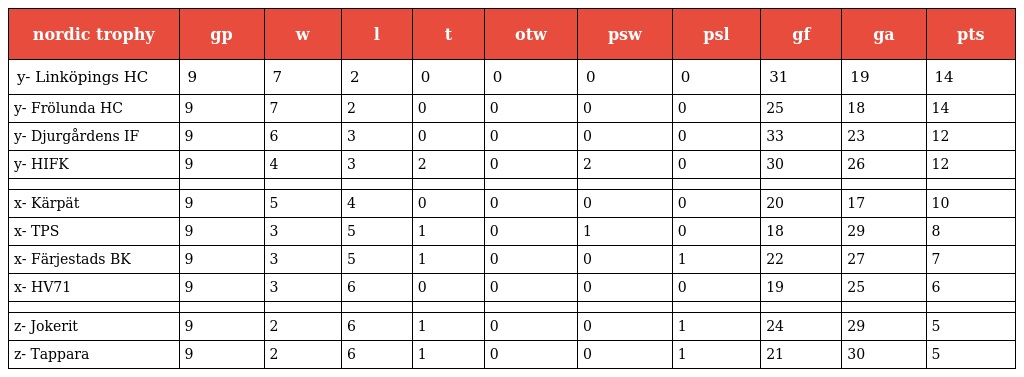
| nordic trophy | gp | w | l | t | otw | psw | psl | gf | ga | pts |
 | --- | --- | --- | --- | --- | --- | --- | --- | --- | --- | --- |
 | y- Linköpings HC | 9 | 7 | 2 | 0 | 0 | 0 | 0 | 31 | 19 | 14 |
 | y- Frölunda HC | 9 | 7 | 2 | 0 | 0 | 0 | 0 | 25 | 18 | 14 |
 | y- Djurgårdens IF | 9 | 6 | 3 | 0 | 0 | 0 | 0 | 33 | 23 | 12 |
 | y- HIFK | 9 | 4 | 3 | 2 | 0 | 2 | 0 | 30 | 26 | 12 |
 |  |  |  |  |  |  |  |  |  |  |  |
 | x- Kärpät | 9 | 5 | 4 | 0 | 0 | 0 | 0 | 20 | 17 | 10 |
 | x- TPS | 9 | 3 | 5 | 1 | 0 | 1 | 0 | 18 | 29 | 8 |
 | x- Färjestads BK | 9 | 3 | 5 | 1 | 0 | 0 | 1 | 22 | 27 | 7 |
 | x- HV71 | 9 | 3 | 6 | 0 | 0 | 0 | 0 | 19 | 25 | 6 |
 |  |  |  |  |  |  |  |  |  |  |  |
 | z- Jokerit | 9 | 2 | 6 | 1 | 0 | 0 | 1 | 24 | 29 | 5 |
 | z- Tappara | 9 | 2 | 6 | 1 | 0 | 0 | 1 | 21 | 30 | 5 |